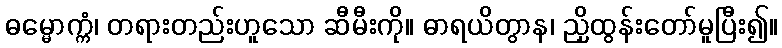
ဓမ္မောက္ကံ၊ တရားတည်းဟူသော ဆီမီးကို။ ဓာရယိတွာန၊ ညှိထွန်းတော်မူပြီး၍။